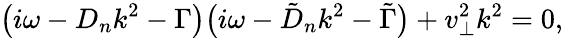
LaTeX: \big(i\omega-D_{n}k^{2}-\Gamma\big)\big(i\omega-\tilde{D}_{n}k^{2}-\tilde{\Gamma}\big)+v_{\perp}^{2}k^{2}=0,